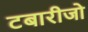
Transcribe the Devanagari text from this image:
टबारीजो